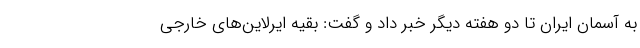
به آسمان ایران تا دو هفته دیگر خبر داد و گفت: بقیه ایرلاین‌های خارجی